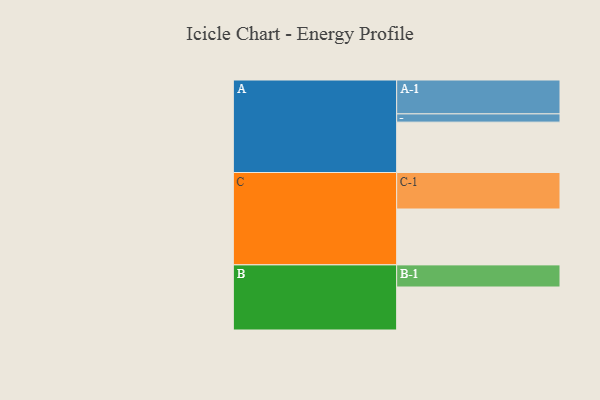
{"axis": {"x": "Segment", "y": "Value"}, "legend": ["", "A", "B", "C"], "data": [{"x": "A", "y": 403, "type": ""}, {"x": "B", "y": 344, "type": ""}, {"x": "C", "y": 447, "type": ""}, {"x": "A-1", "y": 271, "type": "A"}, {"x": "A-2", "y": 66, "type": "A"}, {"x": "B-1", "y": 177, "type": "B"}, {"x": "C-1", "y": 292, "type": "C"}]}